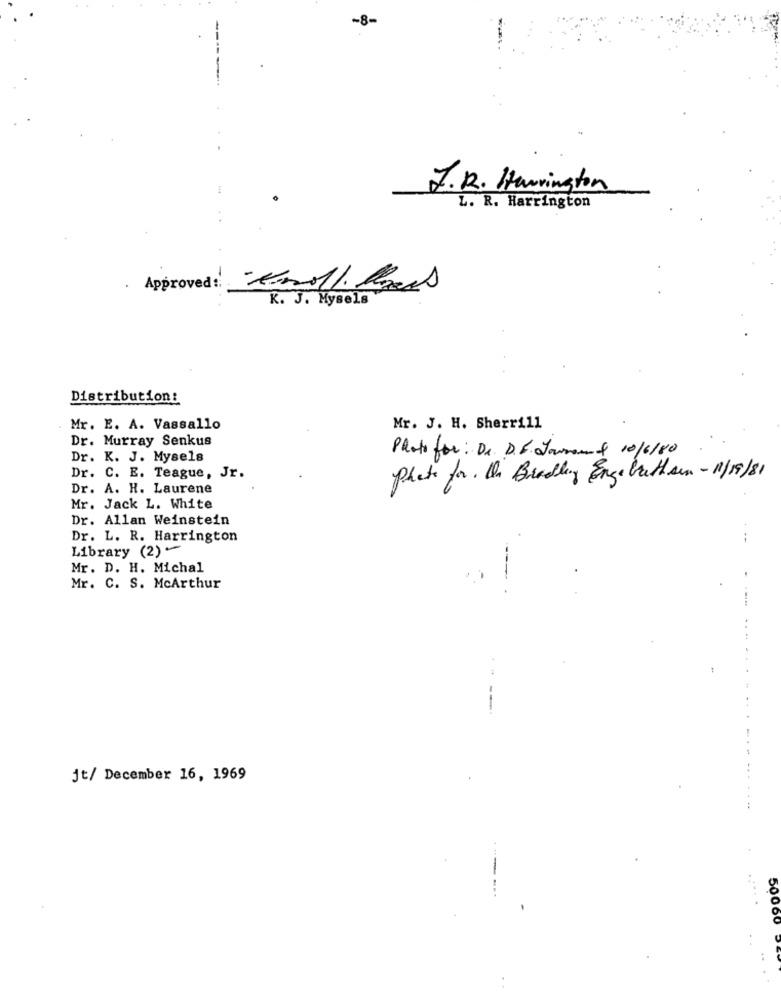
-8-
--
J.R. Herrington
L. R. Harrington
Approved : Cmoll Paces
K. J. Mysels
Distribution:
Mr. E. A. Vassallo
Mr. J. H. Sherrill
Dr. Murray Senkus
Photo for: Dr. D.S. Jouman & 10/6/80
Dr. K. J. Mysels
Dr. C. E. Teague, Jr.
Photo for. Un Bradling Engebreth sun -11/19/81
Dr. A. H. Laurene
Mr. Jack L. White
Dr. Allan Weinstein
Dr. L. R. Harrington
--
Library (2)-
Mr. D. H. Michal
Mr. C. S. McArthur
---
jt/ December 16, 1969
-
50000